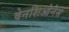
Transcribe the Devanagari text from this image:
वेनशिओनेस